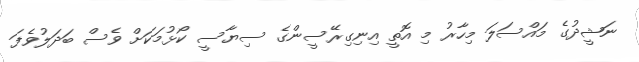
ނަޝީދުގެ މައްސަލަ މިހާރު މި އޮތީ އިނިގިރޭސީންގެ ސިޔާސީ ކޯޅުމަކަށް ވެސް ބަދަލުވެފަ